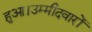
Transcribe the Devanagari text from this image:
हुआ।उम्मीदवारों